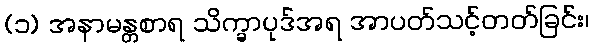
(၁) အနာမန္တစာရ သိက္ခာပုဒ်အရ အာပတ်သင့်တတ်ခြင်း၊